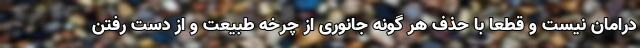
درامان نیست و قطعا با حذف هر گونه جانوری از چرخه طبیعت و از دست رفتن